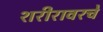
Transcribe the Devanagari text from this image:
शरीरावरचे